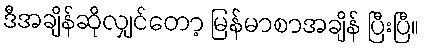
ဒီအချိန်ဆိုလျှင်တော့ မြန်မာစာအချိန် ပြီးပြီ။